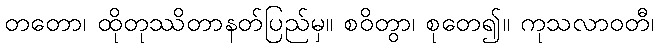
တတော၊ ထိုတုဿိတာနတ်ပြည်မှ။ စဝိတွာ၊ စုတေ၍။ ကုသလာဝတီ၊